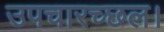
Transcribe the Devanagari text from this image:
उपचारच्छल।